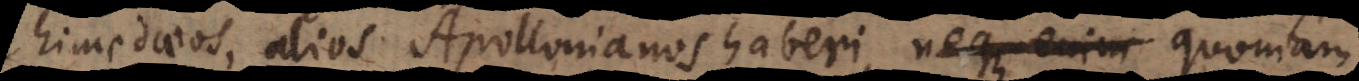
chimedaeos, alios Apollonianos haberi, quoniam